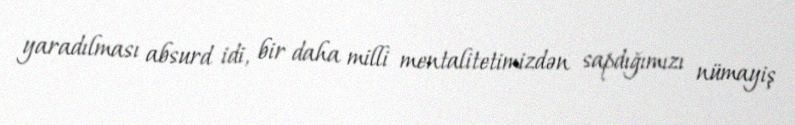
yaradılması absurd idi, bir daha milli mentalitetimizdən sapdığımızı nümayiş